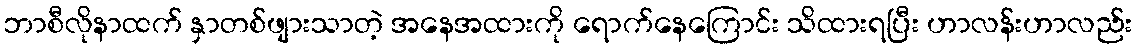
ဘာစီလိုနာထက် နှာတစ်ဖျားသာတဲ့ အနေအထားကို ရောက်နေကြောင်း သိထားရပြီး ဟာလန်းဟာလည်း